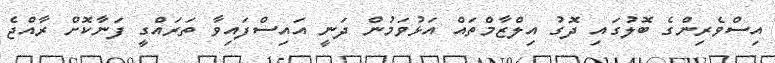
އިސްވެރިންގެ ބޮލުގައި ދޮގު އިލްޒާމްތައް އަޅުވަމުން ދަނީ އައިސްފައިވާ ތަރައްގީ ފަނާކޮށް ރާއްޖެ